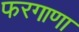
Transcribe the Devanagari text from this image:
फरगाणा